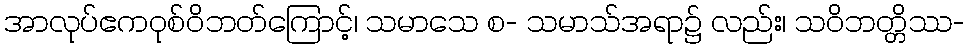
အာလုပ်ဧကဝုစ်ဝိဘတ်ကြောင့်၊ သမာသေ စ- သမာသ်အရာ၌ လည်း၊ သဝိဘတ္တိဿ-